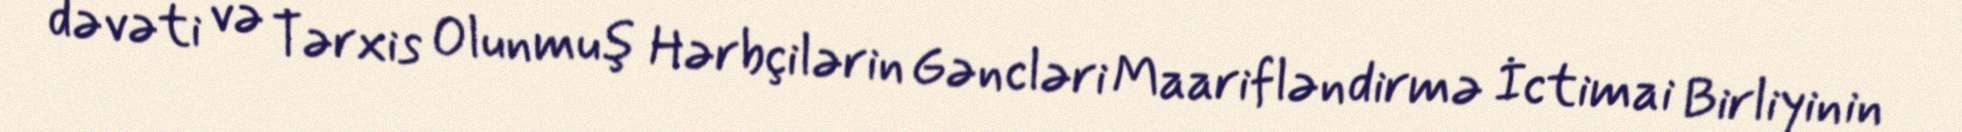
dəvəti və Tərxis Olunmuş Hərbçilərin Gəncləri Maarifləndirmə İctimai Birliyinin